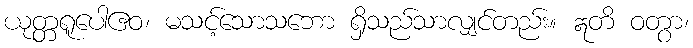
ယုတ္တရူပေါဧဝ၊ မသင့်သောသဘော ရှိသည်သာလျှင်တည်း။ ဣတိ ဝတွာ၊